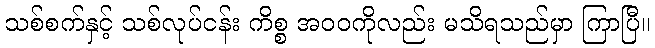
သစ်စက်နှင့် သစ်လုပ်ငန်း ကိစ္စ အဝဝကိုလည်း မသိရသည်မှာ ကြာပြီ။